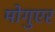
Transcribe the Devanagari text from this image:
मोगुएर